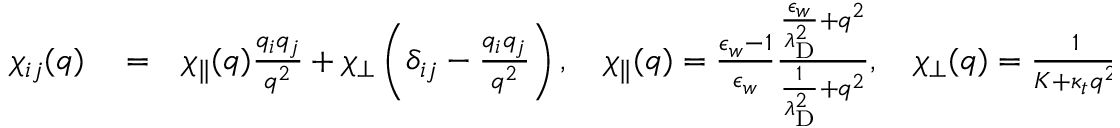
\begin{array} { r l r } { \chi _ { i j } ( q ) } & { { } = } & { \chi _ { \parallel } ( q ) \frac { q _ { i } q _ { j } } { q ^ { 2 } } + \chi _ { \perp } \left( \delta _ { i j } - \frac { q _ { i } q _ { j } } { q ^ { 2 } } \right) , \quad \chi _ { \parallel } ( q ) = \frac { \epsilon _ { w } - 1 } { \epsilon _ { w } } \frac { \frac { \epsilon _ { w } } { \lambda _ { \mathrm { D } } ^ { 2 } } + q ^ { 2 } } { \frac { 1 } { \lambda _ { \mathrm { D } } ^ { 2 } } + q ^ { 2 } } , \quad \chi _ { \perp } ( q ) = \frac { 1 } { K + \kappa _ { t } q ^ { 2 } } \, , } \end{array}